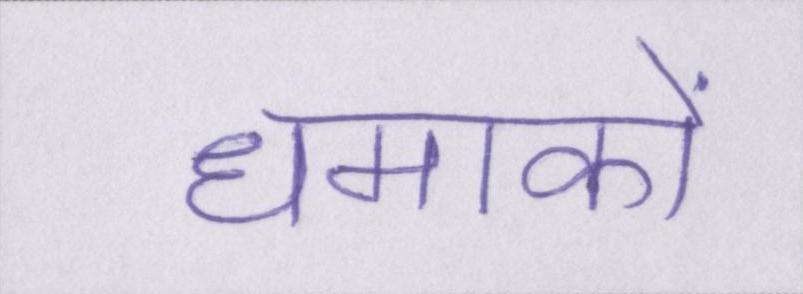
धमाकों